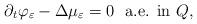
LaTeX: \begin{align*} \partial_t \varphi_{\varepsilon} - \Delta \mu_{\varepsilon}= 0 \ \ \textrm{a.e. in $Q$,}\end{align*}